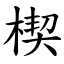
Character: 楔